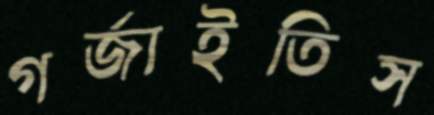
গর্জাইতিস